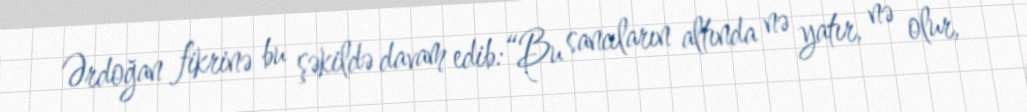
Ərdoğan fikrinə bu şəkildə davam edib:“Bu sancıların altında nə yatır, nə olur,